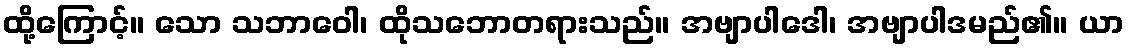
ထို့ကြောင့်။ သော သဘာဝေါ၊ ထိုသဘောတရားသည်။ အဗျာပါဒေါ၊ အဗျာပါဒမည်၏။ ယာ